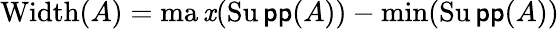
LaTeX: \operatorname{Width}(A)=\operatorname*{ma\mathit{x}}(\operatorname{Su\mathsf{p}\mathsf{p}}(A))-\operatorname*{min}(\operatorname{Su\mathsf{p}\mathsf{p}}(A))